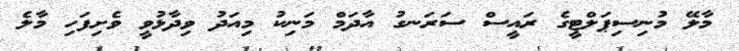
މާލޭ މުނިސިޕަލްޓީގެ ރައީސް ސަރަނގު އާދަމް މަނިކު މިއަދު ވިދާޅުވީ ވެށިފަހި މާލެ